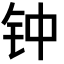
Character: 钟